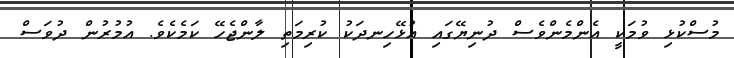
މުސްކުޅި ވުމަކީ އެންމެންވެސް ދުނިޔޭގައި އުޅޭހިނދަކު ކުރިމަތި ލާންޖެހޭ ކަމެކެވެ. އުމުރުން ދުވަސް